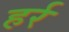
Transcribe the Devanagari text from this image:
हर्र